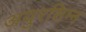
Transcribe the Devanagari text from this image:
अयुरसिम्न